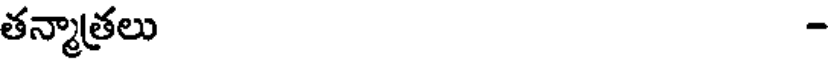
తన్మాత్రలు -